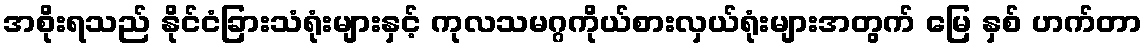
အစိုးရသည် နိုင်ငံခြားသံရုံးများနှင့် ကုလသမဂ္ဂကိုယ်စားလှယ်ရုံးများအတွက် မြေ နှစ် ဟက်တာ